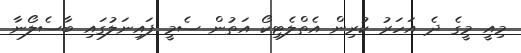
މިއީ މީގެ ދެ އަހަރު ކުރިން އެތްލެޓިކޯ އަތުން ސެމީ ފައިނަލުގައި ބާސެލޯނާ